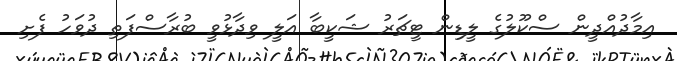
އިމާދުއްދީން ސްކޫލުގެ ލީޑިން ޓީޗަރު ޝަކީބާ އަލީ ވިދާޅުވީ ބުރާސްފަތި ދުވަހު ފެށި